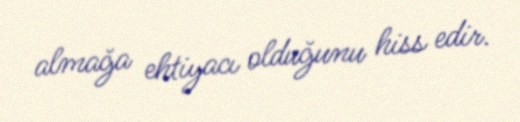
almağa ehtiyacı olduğunu hiss edir.